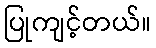
ပြုကျင့်တယ်။